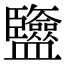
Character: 𥃡